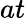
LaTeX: at